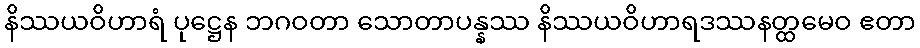
နိဿယဝိဟာရံ ပုဋ္ဌေန ဘဂဝတာ သောတာပန္နဿ နိဿယဝိဟာရဒဿနတ္ထမေဝ ဧတာ